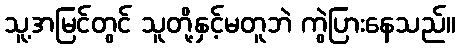
သူ့အမြင်တွင် သူတို့နှင့်မတူဘဲ ကွဲပြားနေသည်။